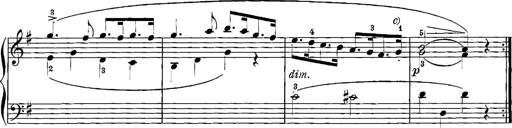
Title: 12 Sonatinas
Composer: Ignaz Pleyel